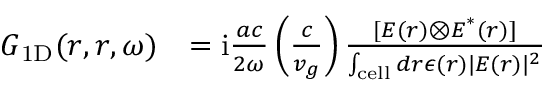
\begin{array} { r l } { \boldsymbol { G } _ { \mathrm { 1 D } } ( \boldsymbol { r } , \boldsymbol { r } , \omega ) } & { = \mathrm { i } \frac { a c } { 2 \omega } \left( \frac { c } { v _ { g } } \right) \frac { [ \boldsymbol { E } ( \boldsymbol { r } ) \otimes \boldsymbol { E } ^ { * } ( \boldsymbol { r } ) ] } { \int _ { \mathrm { c e l l } } d \boldsymbol { r } \epsilon ( \boldsymbol { r } ) \lvert \boldsymbol { E } ( \boldsymbol { r } ) \rvert ^ { 2 } } } \end{array}